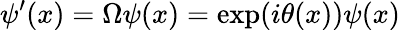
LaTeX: \psi^{\prime}(x)=\Omega\psi(x)=\exp(i\theta(x))\psi(x)